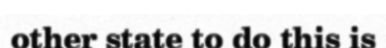
other state to do this is